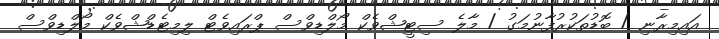
އައިމިރާނި / ބޮޑުތަކުރުފާނުމަގު / މާލެ ސިޓީޝްވެކް މޯލްޑިވްސް ޕްރައިވެޓް ލިމިޓެޑްޝްވެކް މޯލްޑިވްސް